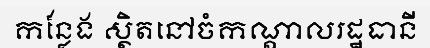
កន្លែង ស្ថិតនៅចំកណ្តាលរដ្ឋធានី